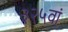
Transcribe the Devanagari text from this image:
३२५वां